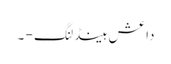
داعش ہینڈلنگ - ۔